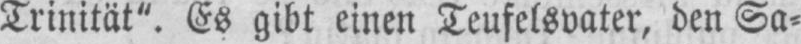
Trinität“. Es gibt einen Teufelsvater, den Sa⸗